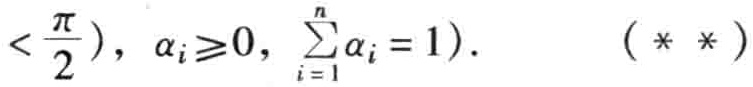
$<\frac{\pi}{2}),\ \alpha_{i}\geqslant0,\ \sum_{i = 1}^{n}\alpha_{i}=1).\ \ \ \ \ ( * * )$